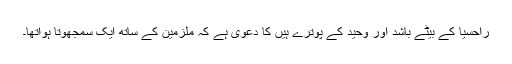
راحسیا کے بیٹے باشد اور وحید کے پوترے ہیں کا دعوی ہے کہ ملزمین کے ساتھ ایک سمجھوتا ہواتھا۔